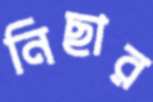
নিছার